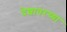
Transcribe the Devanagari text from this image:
देशावरच्या